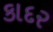
કાદર